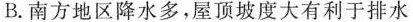
B.南方地区降水多，屋顶坡度大有利于排水